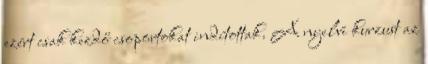
ezért csak kezdő csoportokat indítottak. A nyelvi kurzust az